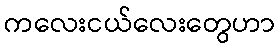
ကလေးငယ်လေးတွေဟာ